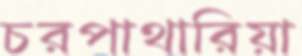
চরপাথারিয়া